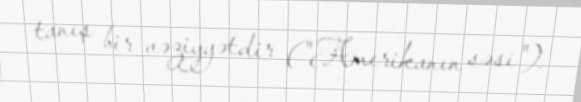
tanış bir vəziyyətdir ("Amerikanın səsi").